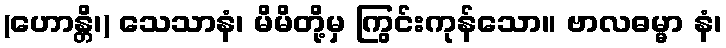
(ဟောန္တိ၊) သေသာနံ၊ မိမိတို့မှ ကြွင်းကုန်သော။ ဗာလဓမ္မာ နံ၊